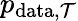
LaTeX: p_{\mathrm{data},\mathcal{T}}